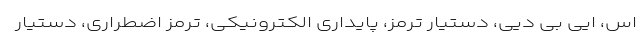
اس، ایی بی دیی، دستیار ترمز، پایداری الکترونیکی، ترمز اضطراری، دستیار